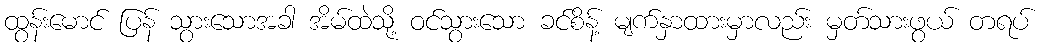
ထွန်းမောင် ပြန် သွားသောအခါ အိမ်ထဲသို့ ဝင်သွားသော ခင်စိန့် မျက်နှာထားမှာလည်း မှတ်သားဖွယ် တရပ်